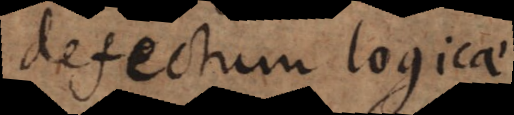
defectum logicae.